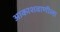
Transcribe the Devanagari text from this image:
आकाशवाणीला